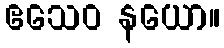
ဧသေဝ နယော။